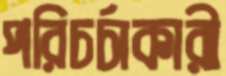
পরিচর্চাকারী